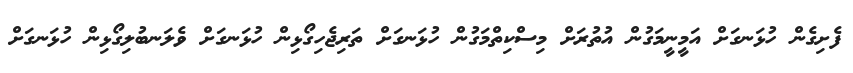
ފެށިގެން ހުޅަނގަށް އަމީނީމަގުން އުތުރަށް މިސްކިތްމަގުން ހުޅަނގަށް ތަރިޖެހިގޯޅިން ހުޅަނގަށް ވެލަނބުލިގޯޅިން ހުޅަނގަށް